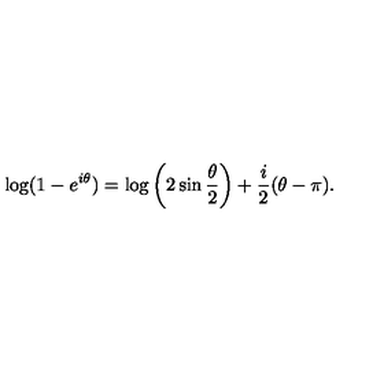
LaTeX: \log ( 1 - e ^ { i \theta } ) = \log \left( 2 \sin \frac { \theta } { 2 } \right) + \frac { i } { 2 } ( \theta - \pi ) .